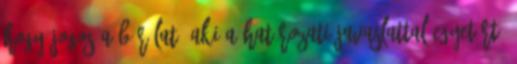
hogy jogos a bírálat. Aki a határozati javaslattal egyetért,